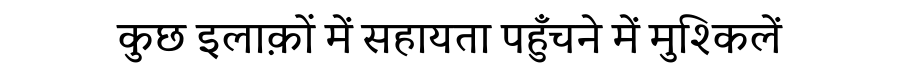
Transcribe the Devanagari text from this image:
कुछ इलाक़ों में सहायता पहुँचने में मुश्किलें